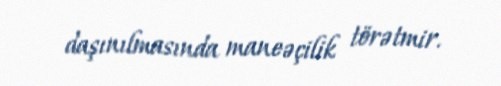
daşınılmasında maneəçilik törətmir.